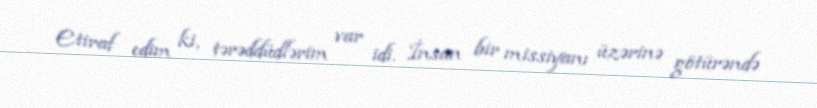
Etiraf edim ki, tərəddüdlərim var idi. İnsan bir missiyanı üzərinə götürəndə